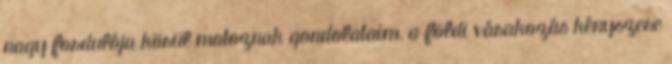
nagy fordulója körül motoznak gondolataim, a földi várakozás kényszere